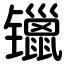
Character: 镴